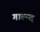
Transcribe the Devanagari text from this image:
गाल्न्द